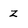
Character: Z